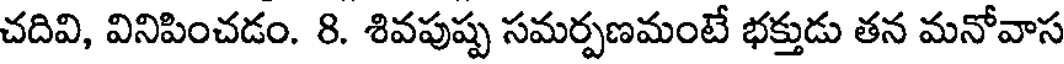
చదివి, వినిపించడం. 8. శివపుష్ప సమర్పణమంటే భక్తుడు తన మనోవాస